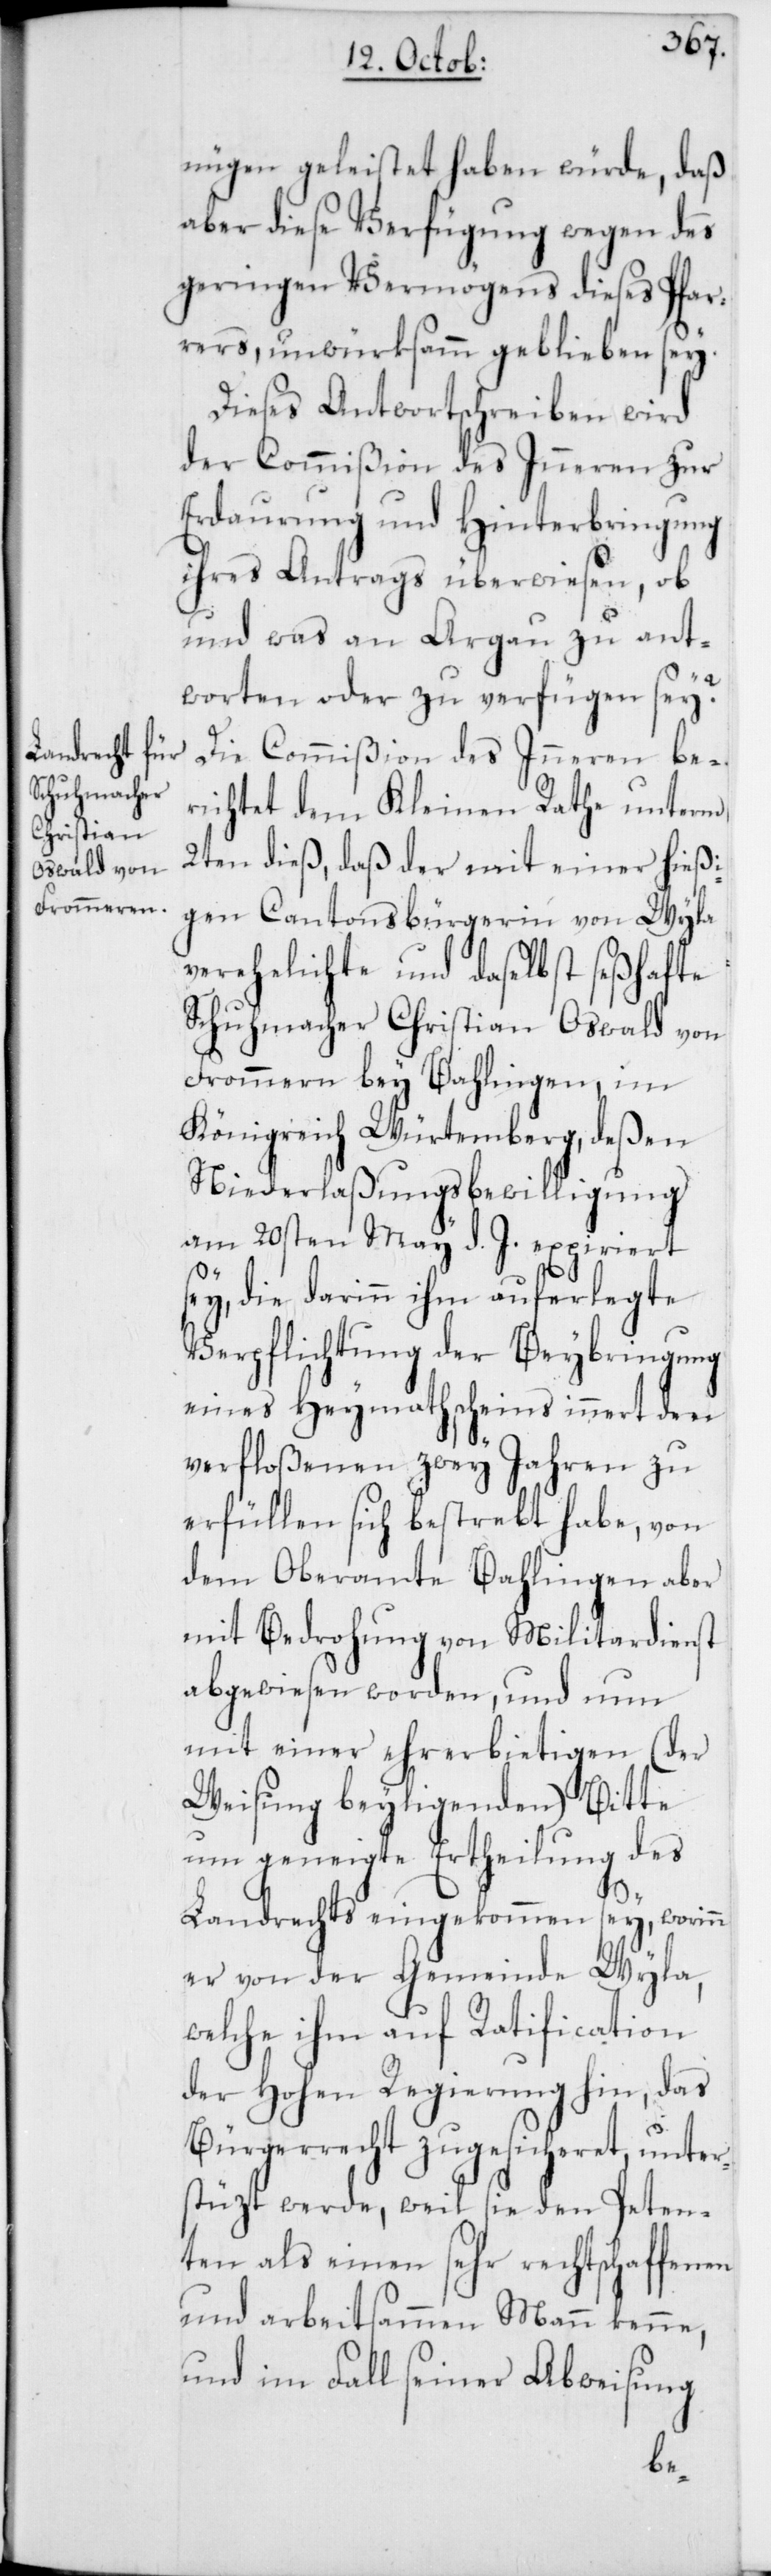
nügen geleistet haben würde, daß
aber diese Verfügung wegen des
geringen Vermögens dieses Pfar¬
rers, unwirksamm geblieben sey.
Diese Antwortschreiben wird
der Commißion des Inneren zur
Erdaurung und Hinterbringung
ihres Antrags überwiesen, ob
und was an Argau zu ant¬
worten oder zu verfügen sey?
Die Commißion des Inneren be¬
richtet dem Kleinen Rathe unterm
2ten dieß, daß der mit einer hießi¬
gen Cantonsbürgerin von Wyla
verehelichte und daselbst seßhafte
Schuhmacher Christian Oswald von
Frommern bey Bahlingen, im
Königreich Würtemberg, deßen
Niederlaßungsbewilligung
am 20sten May d. J. expiriert
ey, die darinn ihm auferlegte
Verpflichtung der Beybringung
eines Heymathscheins innert den
verfloßenen zwey Jahren zu
erfüllen sich bestrebt habe, von
dem Oberamte Bahlingen aber
mit Bedrohung von Militardienst
abgewiesen worden, und nun
mit einer ehrerbietigen (der
Weisung beyligenden) Bitte
um geneigte Ertheilung des
s¬
Landrechts eingekommen sey, worinn
er von der Gemeinde Wyla,
welche ihm auf Ratification
der Hohen Regierung hin, das
Bürgerrecht zugesicheret, unter¬
stüzt werde, weil sie den Peten¬
ten als einen sehr rechtschaffenen
und arbeitsammen Mann kenne,
und im Fall seiner Abweisung